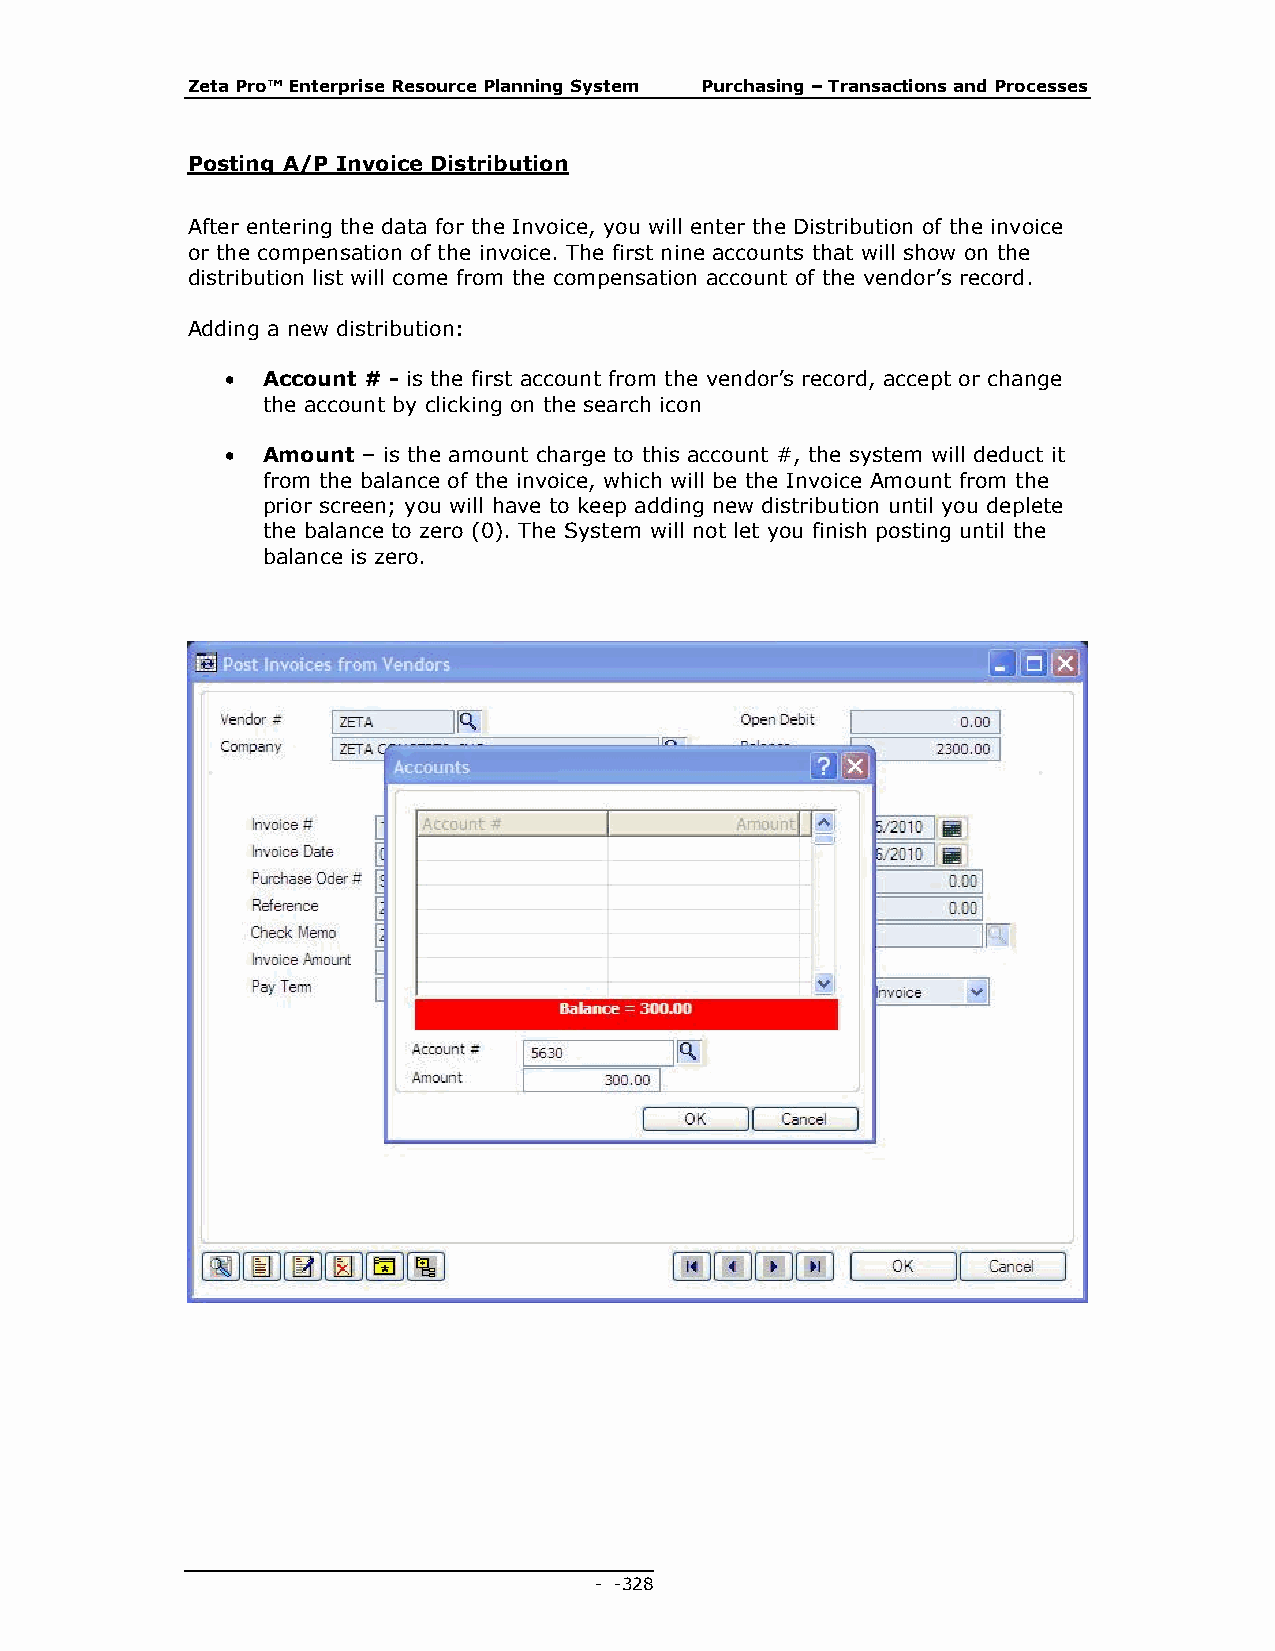
Zeta Pro™ Enterprise Resource Planning System Purchasing – Transactions and Processes
 Posting A/P Invoice Distribution
 After entering the data for the Invoice, you will enter the Distribution of the invoice
 or the compensation of the invoice. The first nine accounts that will show on the
 distribution list will come from the compensation account of the vendor’s record.
 Adding a new distribution:
  Account # - is the first account from the vendor’s record, accept or change
 the account by clicking on the search icon
  Amount – is the amount charge to this account #, the system will deduct it
 from the balance of the invoice, which will be the Invoice Amount from the
 prior screen; you will have to keep adding new distribution until you deplete
 the balance to zero (0). The System will not let you finish posting until the
 balance is zero.
 - - 328